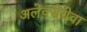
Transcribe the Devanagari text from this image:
अलेक्सेयेवा